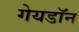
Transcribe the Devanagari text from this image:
गेयडॉन